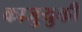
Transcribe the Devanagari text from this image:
काजुयुकी